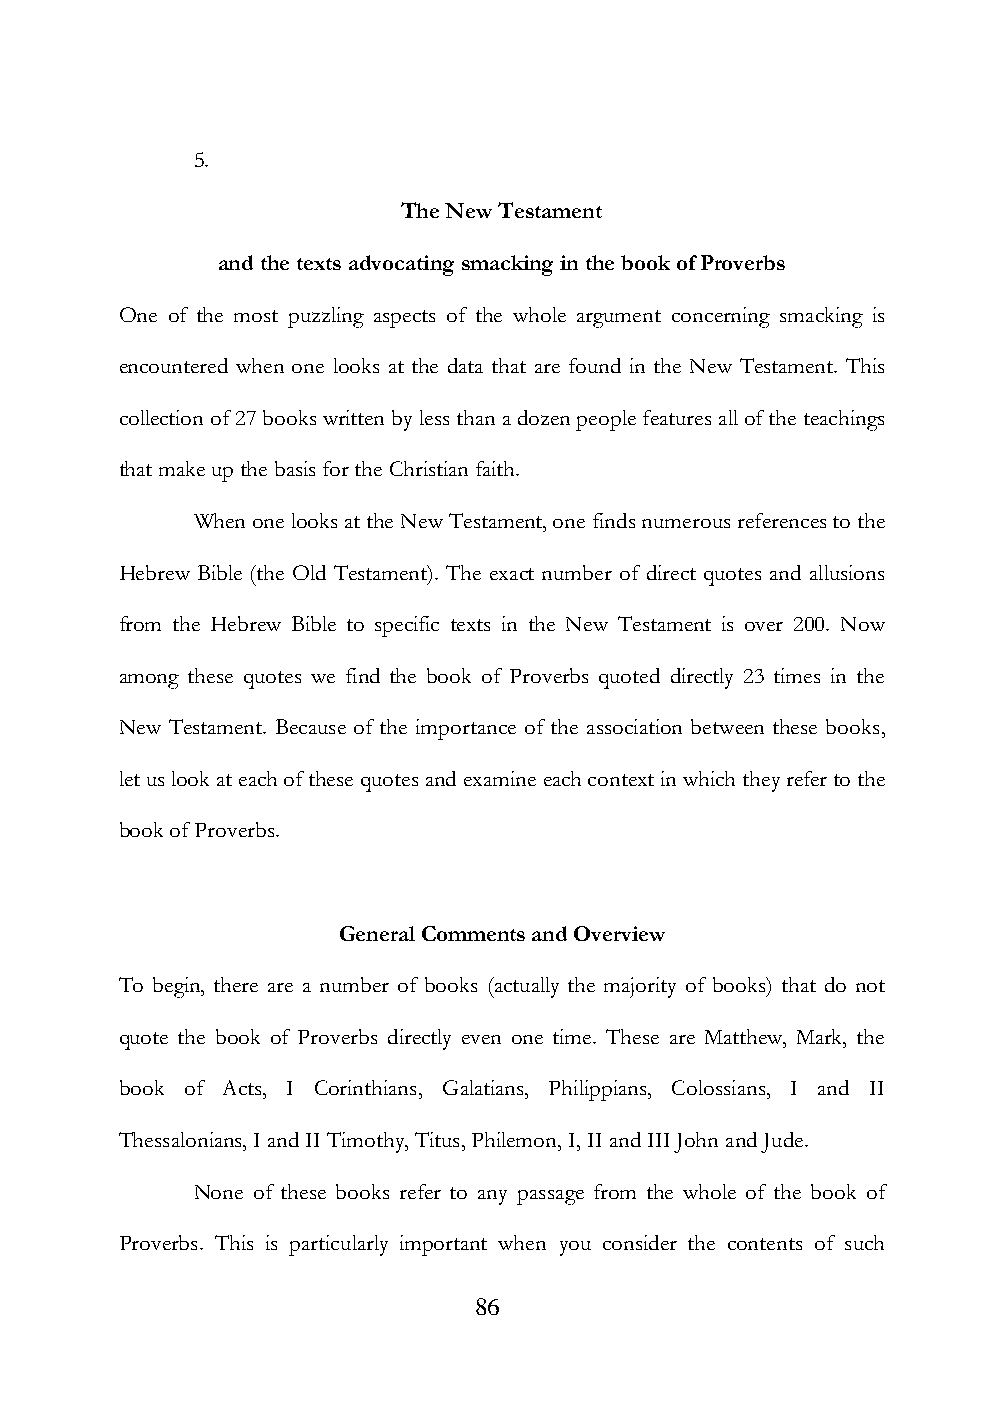
5.
 The New Testament
 and the texts advocating smacking in the book of Proverbs
 One of the most puzzling aspects of the whole argument concerning smacking is
 encountered when one looks at the data that are found in the New Testament. This
 collection of 27 books written by less than a dozen people features all of the teachings
 that make up the basis for the Christian faith.
 When one looks at the New Testament, one finds numerous references to the
 Hebrew Bible (the Old Testament). The exact number of direct quotes and allusions
 from the Hebrew Bible to specific texts in the New Testament is over 200. Now
 among these quotes we find the book of Proverbs quoted directly 23 times in the
 New Testament. Because of the importance of the association between these books,
 let us look at each of these quotes and examine each context in which they refer to the
 book of Proverbs.
 General Comments and Overview
 To begin, there are a number of books (actually the majority of books) that do not
 quote the book of Proverbs directly even one time. These are Matthew, Mark, the
 book of Acts, I Corinthians, Galatians, Philippians, Colossians, I and II
 Thessalonians, I and II Timothy, Titus, Philemon, I, II and III John and Jude.
 None of these books refer to any passage from the whole of the book of
 Proverbs. This is particularly important when you consider the contents of such
 86